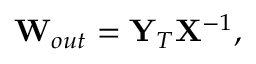
\mathbf { W } _ { o u t } = \mathbf { Y } _ { T } \mathbf { X } ^ { - 1 } ,